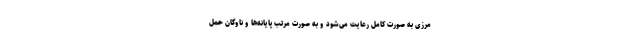
مرزی به صورت کامل رعایت می‌شود و به صورت مرتب پایانه‌ها و ناوگان حمل